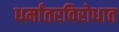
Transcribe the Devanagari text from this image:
धर्मांतरविरोधात